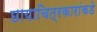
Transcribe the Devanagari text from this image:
छायाचित्रकारांकडे